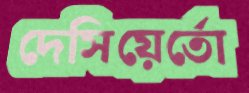
দেসিয়ের্তো